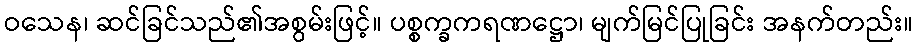
ဝသေန၊ ဆင်ခြင်သည်၏အစွမ်းဖြင့်။ ပစ္စက္ခကရဏဋ္ဌော၊ မျက်မြင်ပြုခြင်း အနက်တည်း။